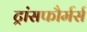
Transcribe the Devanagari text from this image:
ट्रांसफौर्मर्स